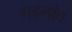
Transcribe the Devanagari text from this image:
गड़गाँव